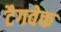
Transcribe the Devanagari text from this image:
टैगवेक